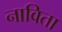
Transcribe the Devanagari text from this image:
नाविता